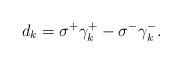
LaTeX: \begin{align*} d_k = \sigma^+ \gamma_k^+ - \sigma^- \gamma_k^-.\end{align*}